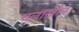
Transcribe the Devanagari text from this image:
चलाखीने